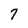
Character: 7